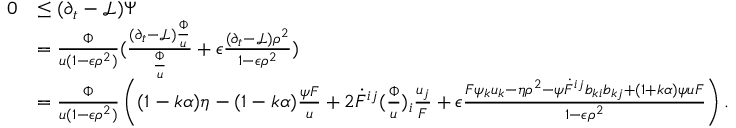
\begin{array} { r l } { 0 } & { \leq ( \partial _ { t } - \mathcal { L } ) \Psi } \\ & { = \frac { \Phi } { u ( 1 - \epsilon \rho ^ { 2 } ) } ( \frac { ( \partial _ { t } - \mathcal { L } ) \frac { \Phi } { u } } { \frac { \Phi } { u } } + \epsilon \frac { ( \partial _ { t } - \mathcal { L } ) \rho ^ { 2 } } { 1 - \epsilon \rho ^ { 2 } } ) } \\ & { = \frac { \Phi } { u ( 1 - \epsilon \rho ^ { 2 } ) } \left( ( 1 - k \alpha ) \eta - ( 1 - k \alpha ) \frac { \psi F } { u } + 2 \dot { F } ^ { i j } ( \frac { \Phi } { u } ) _ { i } \frac { u _ { j } } { F } + \epsilon \frac { F \psi _ { k } u _ { k } - \eta \rho ^ { 2 } - \psi \dot { F } ^ { i j } b _ { k i } b _ { k j } + ( 1 + k \alpha ) \psi u F } { 1 - \epsilon \rho ^ { 2 } } \right) . } \end{array}